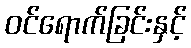
ဝင်ရောက်ခြင်းနှင့်